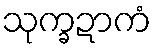
သုက္ခဍာကံ